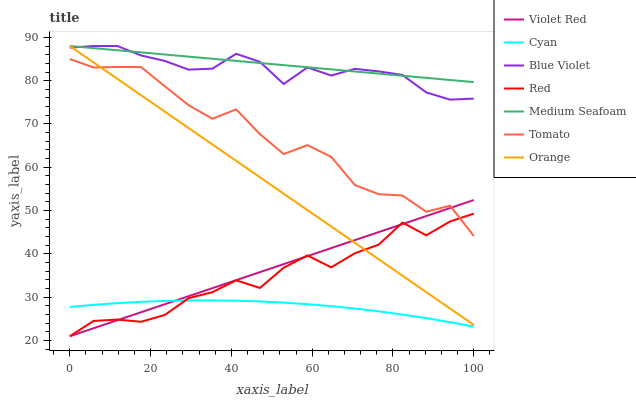
| xaxis_label | Violet Red | Cyan | Blue Violet | Red | Medium Seafoam | Tomato | Orange |
 | --- | --- | --- | --- | --- | --- | --- | --- |
 | 0 | 21 | 27.8 | 87.6 | 21 | 88 | 85 | 88 |
 | 5.88 | 22.8 | 28.2 | 88 | 24.5 | 87.5 | 83.1 | 84.2 |
 | 11.8 | 24.7 | 28.6 | 88 | 24.9 | 87 | 83.2 | 80.4 |
 | 17.6 | 26.5 | 28.9 | 85.8 | 24.3 | 86.5 | 83.1 | 76.6 |
 | 23.5 | 28.4 | 29.2 | 84.6 | 25.9 | 86 | 78.7 | 72.9 |
 | 29.4 | 30.2 | 29.3 | 82.5 | 29.8 | 85.5 | 74.3 | 69.1 |
 | 35.3 | 32.1 | 29.3 | 82.8 | 31.2 | 85.1 | 71.2 | 65.3 |
 | 41.2 | 33.9 | 29.2 | 86.2 | 33.9 | 84.6 | 73.4 | 61.5 |
 | 47.1 | 35.8 | 29 | 84.3 | 32.1 | 84.1 | 67.7 | 57.7 |
 | 52.9 | 37.6 | 28.8 | 79.2 | 36.8 | 83.6 | 63.1 | 53.9 |
 | 58.8 | 39.5 | 28.4 | 83.1 | 39.7 | 83.1 | 65.1 | 50.1 |
 | 64.7 | 41.3 | 27.9 | 81.2 | 36.9 | 82.6 | 62.4 | 46.3 |
 | 70.6 | 43.2 | 27.4 | 82.7 | 40.2 | 82.1 | 55.9 | 42.6 |
 | 76.5 | 45 | 26.8 | 82.1 | 42.2 | 81.6 | 53.8 | 38.8 |
 | 82.4 | 46.9 | 26 | 81.3 | 47.2 | 81.1 | 53.5 | 35 |
 | 88.2 | 48.7 | 25.2 | 77.3 | 44.3 | 80.6 | 49.7 | 31.2 |
 | 94.1 | 50.6 | 24.2 | 75.6 | 47.5 | 80.2 | 51.1 | 27.4 |
 | 100 | 52.4 | 23.2 | 75.9 | 49.3 | 79.7 | 44.2 | 23.6 |